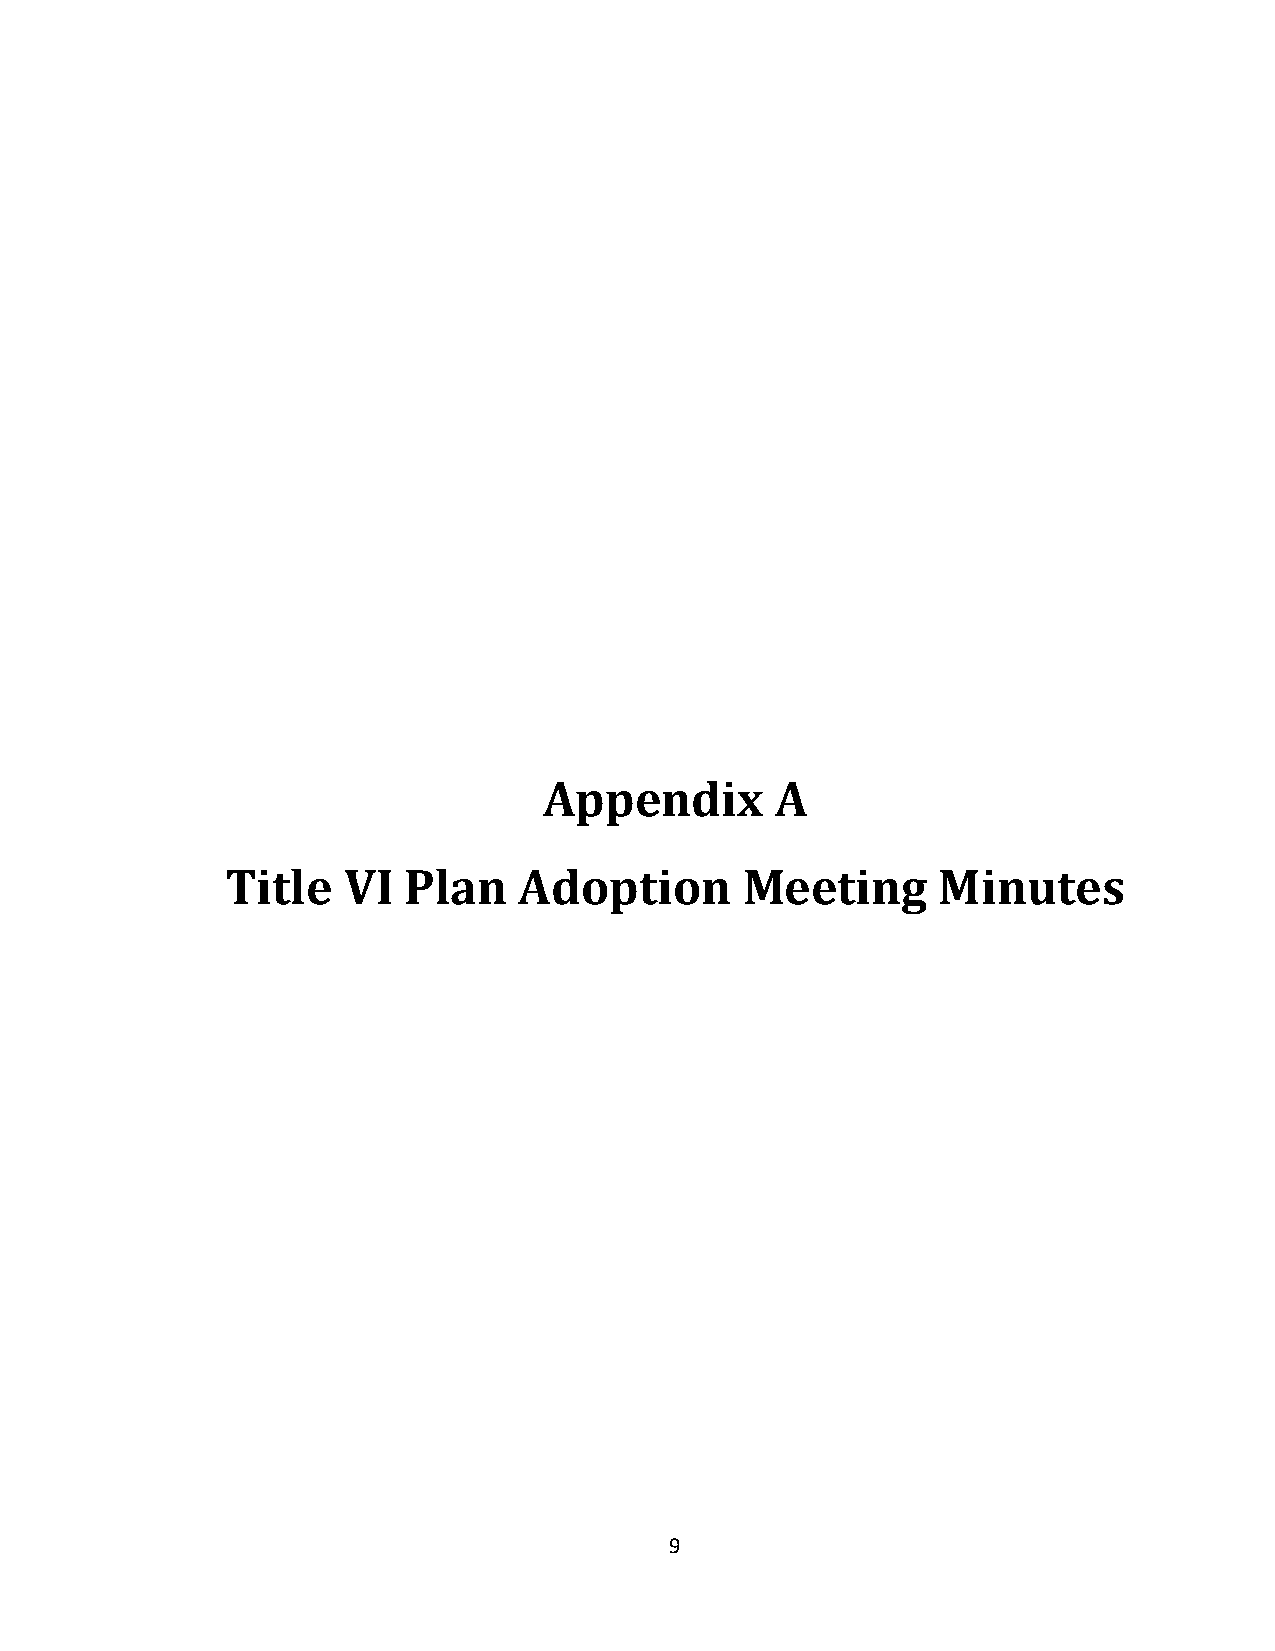
Appendix       A
 Title   VI  Plan   Adoption       Meeting      Minutes
 9